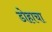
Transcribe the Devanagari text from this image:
डोहाचा